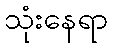
သုံးနေရာ